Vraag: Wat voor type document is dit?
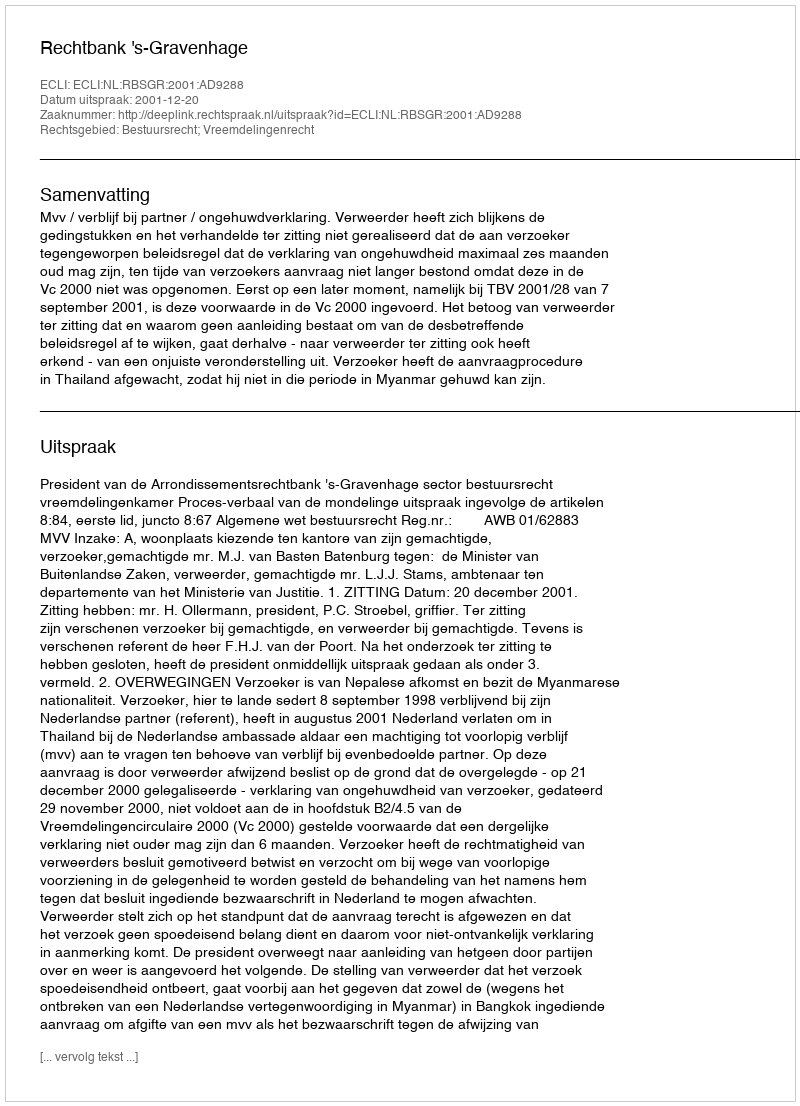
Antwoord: Uitspraak